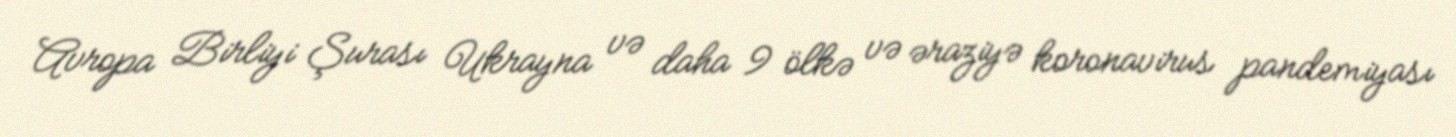
Avropa Birliyi Şurası Ukrayna və daha 9 ölkə və əraziyə koronavirus pandemiyası